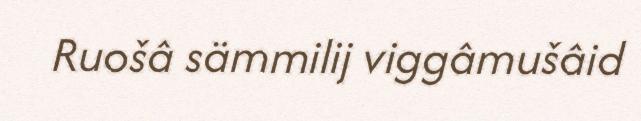
Ruošâ sämmilij viggâmušâid